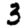
Digit: 3